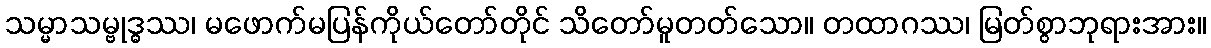
သမ္မာသမ္ဗုဒ္ဓဿ၊ မဖောက်မပြန်ကိုယ်တော်တိုင် သိတော်မူတတ်သော။ တထာဂဿ၊ မြတ်စွာဘုရားအား။